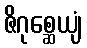
ဇိဂုစ္ဆေယျံ